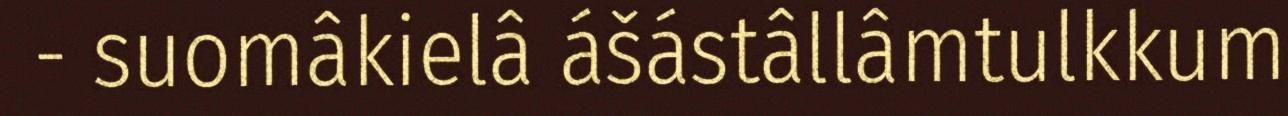
- suomâkielâ ášástâllâmtulkkum